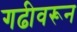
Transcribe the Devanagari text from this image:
गढीवरून